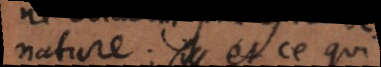
nature; et ce qui